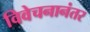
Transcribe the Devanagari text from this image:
विवेचनानंतर